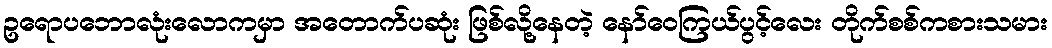
ဥရောပဘောလုံးလောကမှာ အတောက်ပဆုံး ဖြစ်လို့နေတဲ့ နော်ဝေကြယ်ပွင့်လေး တိုက်စစ်ကစားသမား